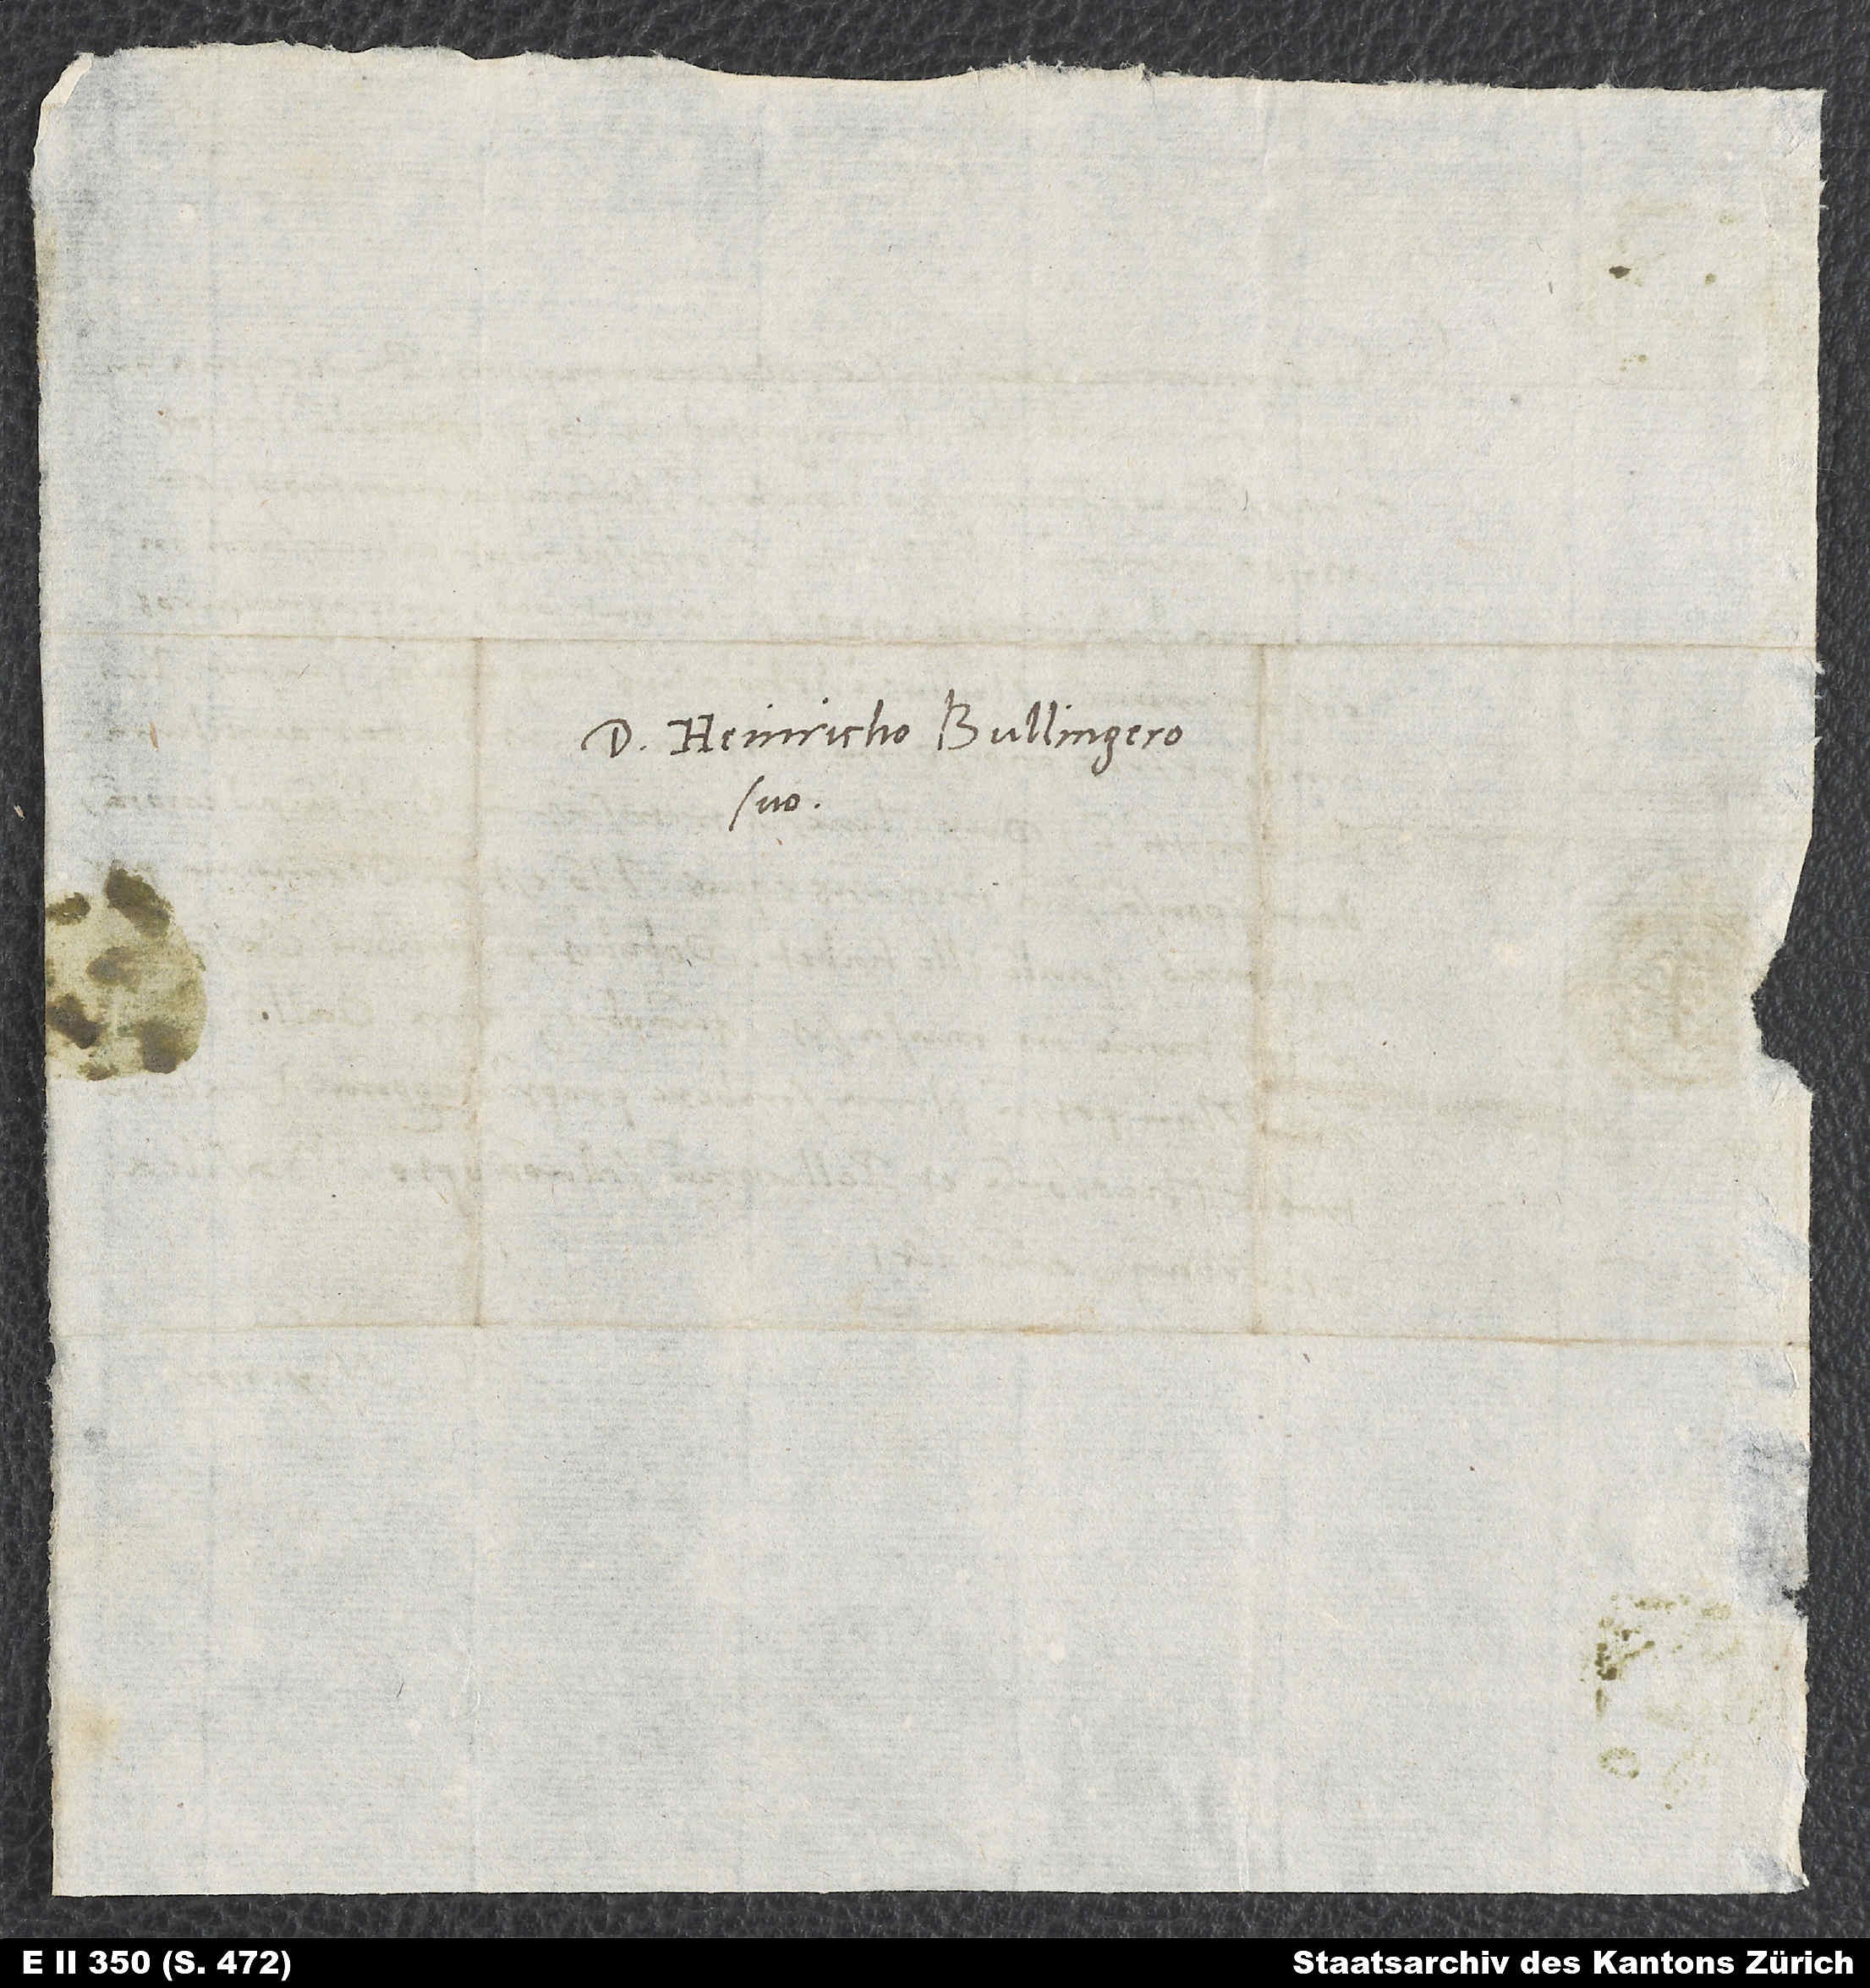
Domino Heinricho Bullingero
suo.